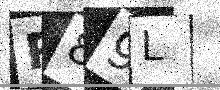
Text: R89L